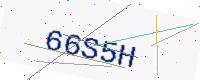
Text: 66S5H